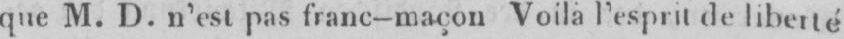
que M. D. n’est pas franc-maçon Voilà l’esprit de liberté